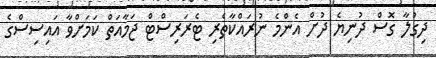
ދިގުލާ ގޮސް ދުނިޔެ ދުށް އެންމެ ނުރައްކާތެރި ޓެރަރިސްޓް ޖަމާއަތް ކަމަށްވާ އައިސިސްގެ